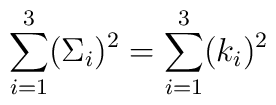
\sum_{i=1}^3 (\Sigma_i)^2 = \sum_{i=1}^3 (k_i)^2